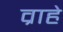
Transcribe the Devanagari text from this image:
व्राहे